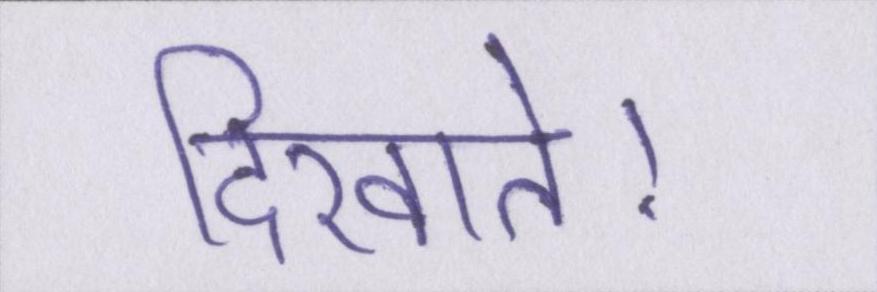
दिखाते।